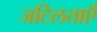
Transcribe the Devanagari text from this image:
जटिलताऍं